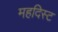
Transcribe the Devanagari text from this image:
महदिस्ट